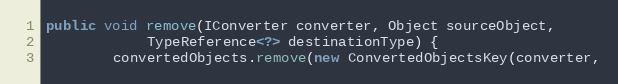
Language: Java
public void remove(IConverter converter, Object sourceObject,
			TypeReference<?> destinationType) {
		convertedObjects.remove(new ConvertedObjectsKey(converter,